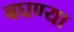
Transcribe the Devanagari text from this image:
बघण्या